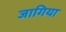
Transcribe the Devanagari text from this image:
जागिया